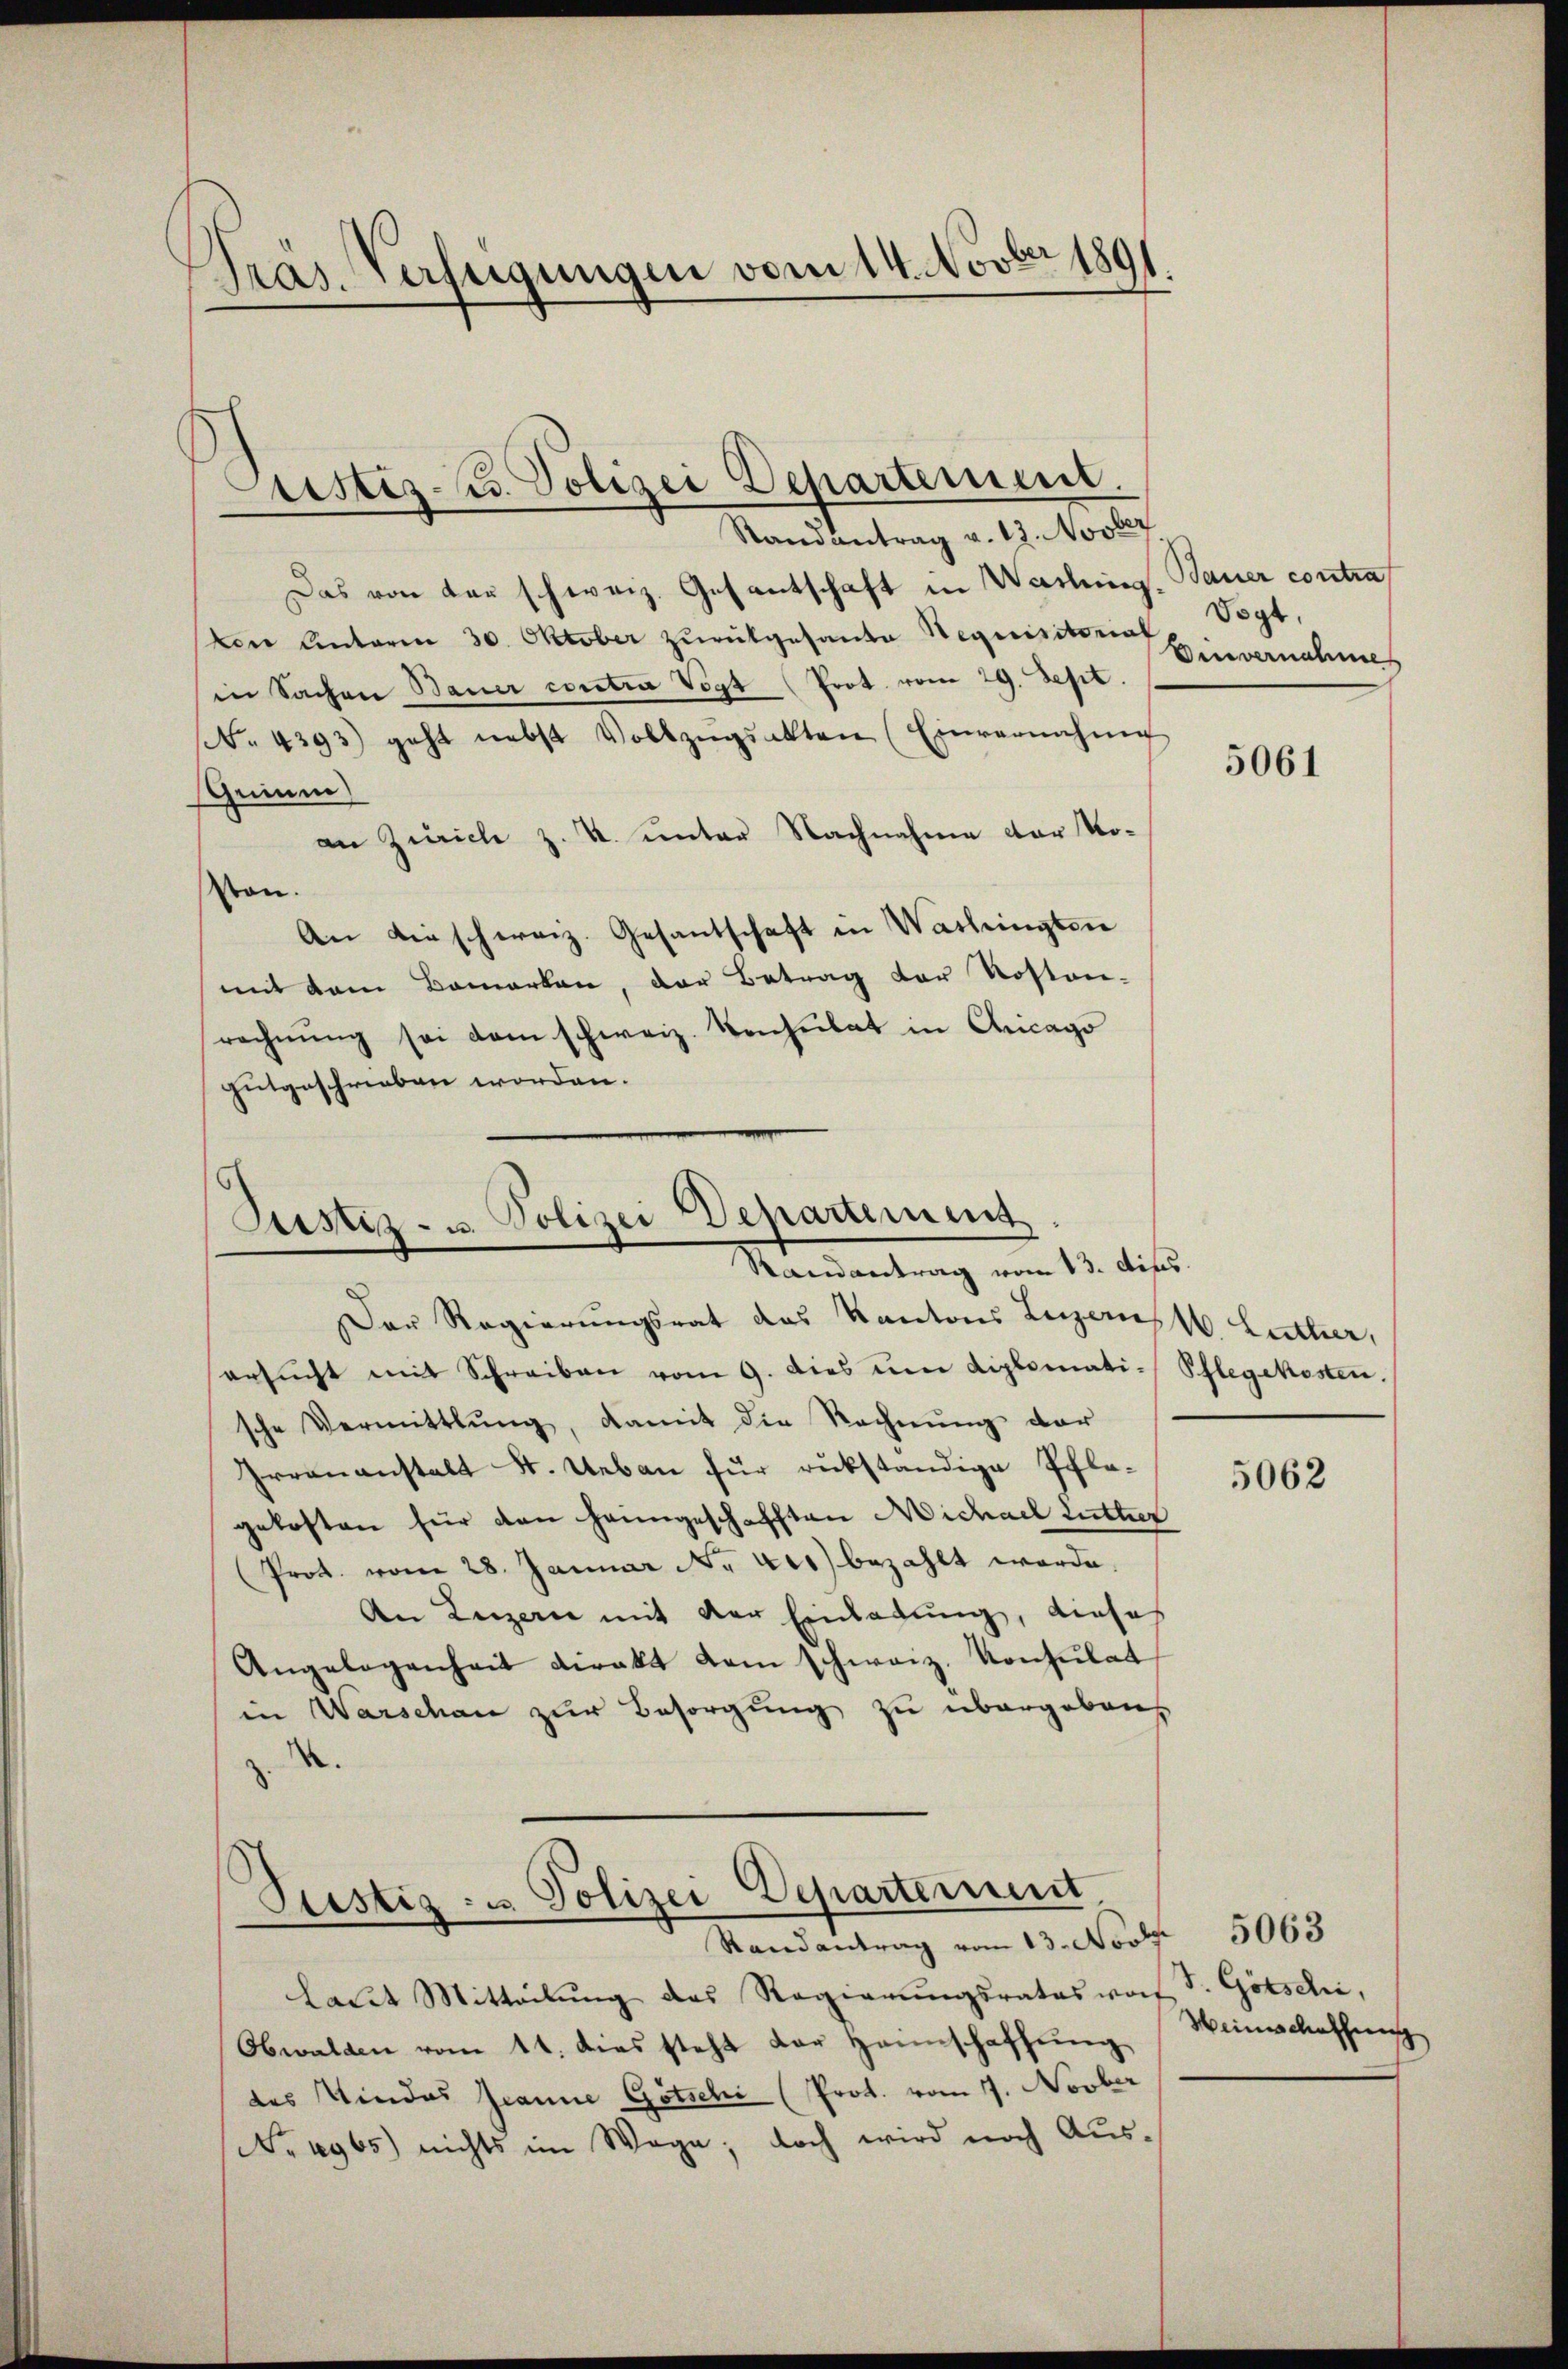
Pras. Verfügungen vom 14. Novber 1891.
¬

Das von den schweiz. Gesantschaft in Waching. Bauer contra
den Einterm 30. Oktober zŭrükgesante Requisitorial Vogt,
in Sachen Bauer contra Vogt (Prot. vom 29. Sept.
(. 4393) geht nebst Vollzŭgsakten (Einvernahme
Gnium
an Zürich z. R. unter Nachnahme der Ko¬
Von.
An die schweiz. Gesantschaft in Washingten
mit dem Bemerken, der Betrag der Roston-
rechnŭng sei dem schweiz. Verheitet in Chicago
gutgeschrieben worden.

Justiz- u. Polizei Departement.
Randantrag v. 12. Novber

Justiz- u. Polizei Departement
Randantrag vom 13. dies

Der Regierungsrat des Kantons Luzernst. Luther,
ersŭcht mit Schreiben vom 9. dies um diplomati-Pflegekosten.
sche Vermittlung, damit die Rechnŭng der
Irrananstalt F. Ueben für rükständige Pflegekosten für den hangeschafften Michael Lutter
(Prot. vom 28. Januar N. 441) bezahlt worde
An Luzern mit der Einladung, diese
Angelegenheit direkt dem schweiz. Konsulat
in Warschan zur Besorgung zu übergeben
z.

Justiz- u Polizei Departement
Randantrag vom 13. Nov. 5063

Benvernahmes

laut Mitteilŭng des Regierŭngsrates wo S. Götschi,
Obwalden vom 11. dies steht der Heimschaffung
des Kindes Granne Gotschi (Prot. vom 7. Novber
No. 1965) nichts im Wage; doch wird noch Aus¬

5061

5062

Weinschaffung